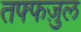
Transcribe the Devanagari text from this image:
तफ्फज़ुल